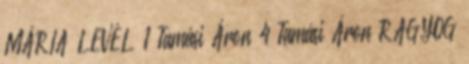
MÁRIA LEVÉL 1 Tamási Áron 4 Tamási Áron RAGYOG